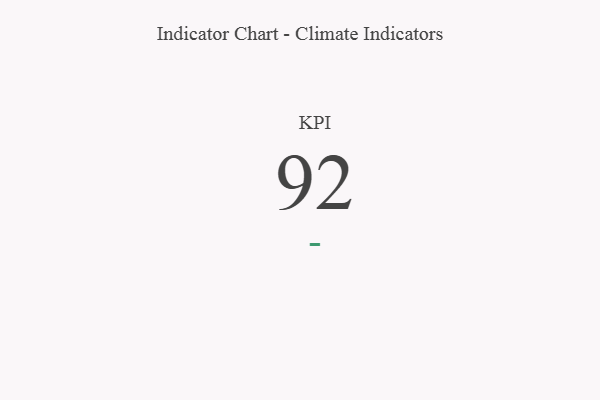
{"axis": {"x": "KPI", "y": "Value"}, "legend": [""], "data": [{"x": "KPI", "y": 92, "type": ""}]}